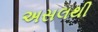
અસલથી